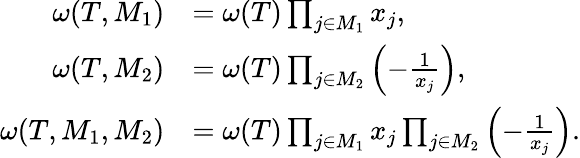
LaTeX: \begin{array}{rl}{\omega(T,M_{1})}&{=\omega(T)\prod_{j\in M_{1}}x_{j},}\\ {\omega(T,M_{2})}&{=\omega(T)\prod_{j\in M_{2}}\left(-\frac{1}{x_{j}}\right),}\\ {\omega(T,M_{1},M_{2})}&{=\omega(T)\prod_{j\in M_{1}}x_{j}\prod_{j\in M_{2}}\left(-\frac{1}{x_{j}}\right).}\end{array}